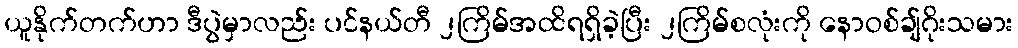
ယူနိုက်တက်ဟာ ဒီပွဲမှာလည်း ပင်နယ်တီ ၂ကြိမ်အထိရရှိခဲ့ပြီး ၂ကြိမ်စလုံးကို နောဝစ်ချ်ဂိုးသမား